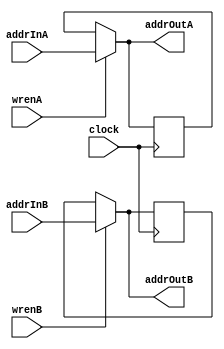
module addrReg(
	input clock,
	input [15:0] addrInA,
	output reg [15:0] addrOutA,
	input wrenA,
	input [15:0] addrInB,
	output reg [15:0] addrOutB,
	input wrenB);
	
	reg [15:0] ffA;
	reg [15:0] ffB;
	
	always @(*)
	begin
		if(wrenA) addrOutA [15:0] = addrInA [15:0];
		else addrOutA [15:0] = ffA [15:0];
		
		if(wrenB) addrOutB [15:0] = addrInB [15:0];
		else addrOutB [15:0] = ffB [15:0];
	end	
	
	always @(posedge clock)
	begin
		if(wrenA) ffA [15:0] = addrInA [15:0];
		
		if(wrenB) ffB [15:0] = addrInB [15:0];
	end

	
endmodule